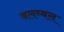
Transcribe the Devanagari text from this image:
बलम्बल